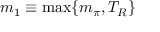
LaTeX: m _ { 1 } \equiv \operatorname * { m a x } \{ m _ { \pi } , T _ { R } \}